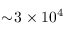
\sim \! 3 \times 1 0 ^ { 4 }